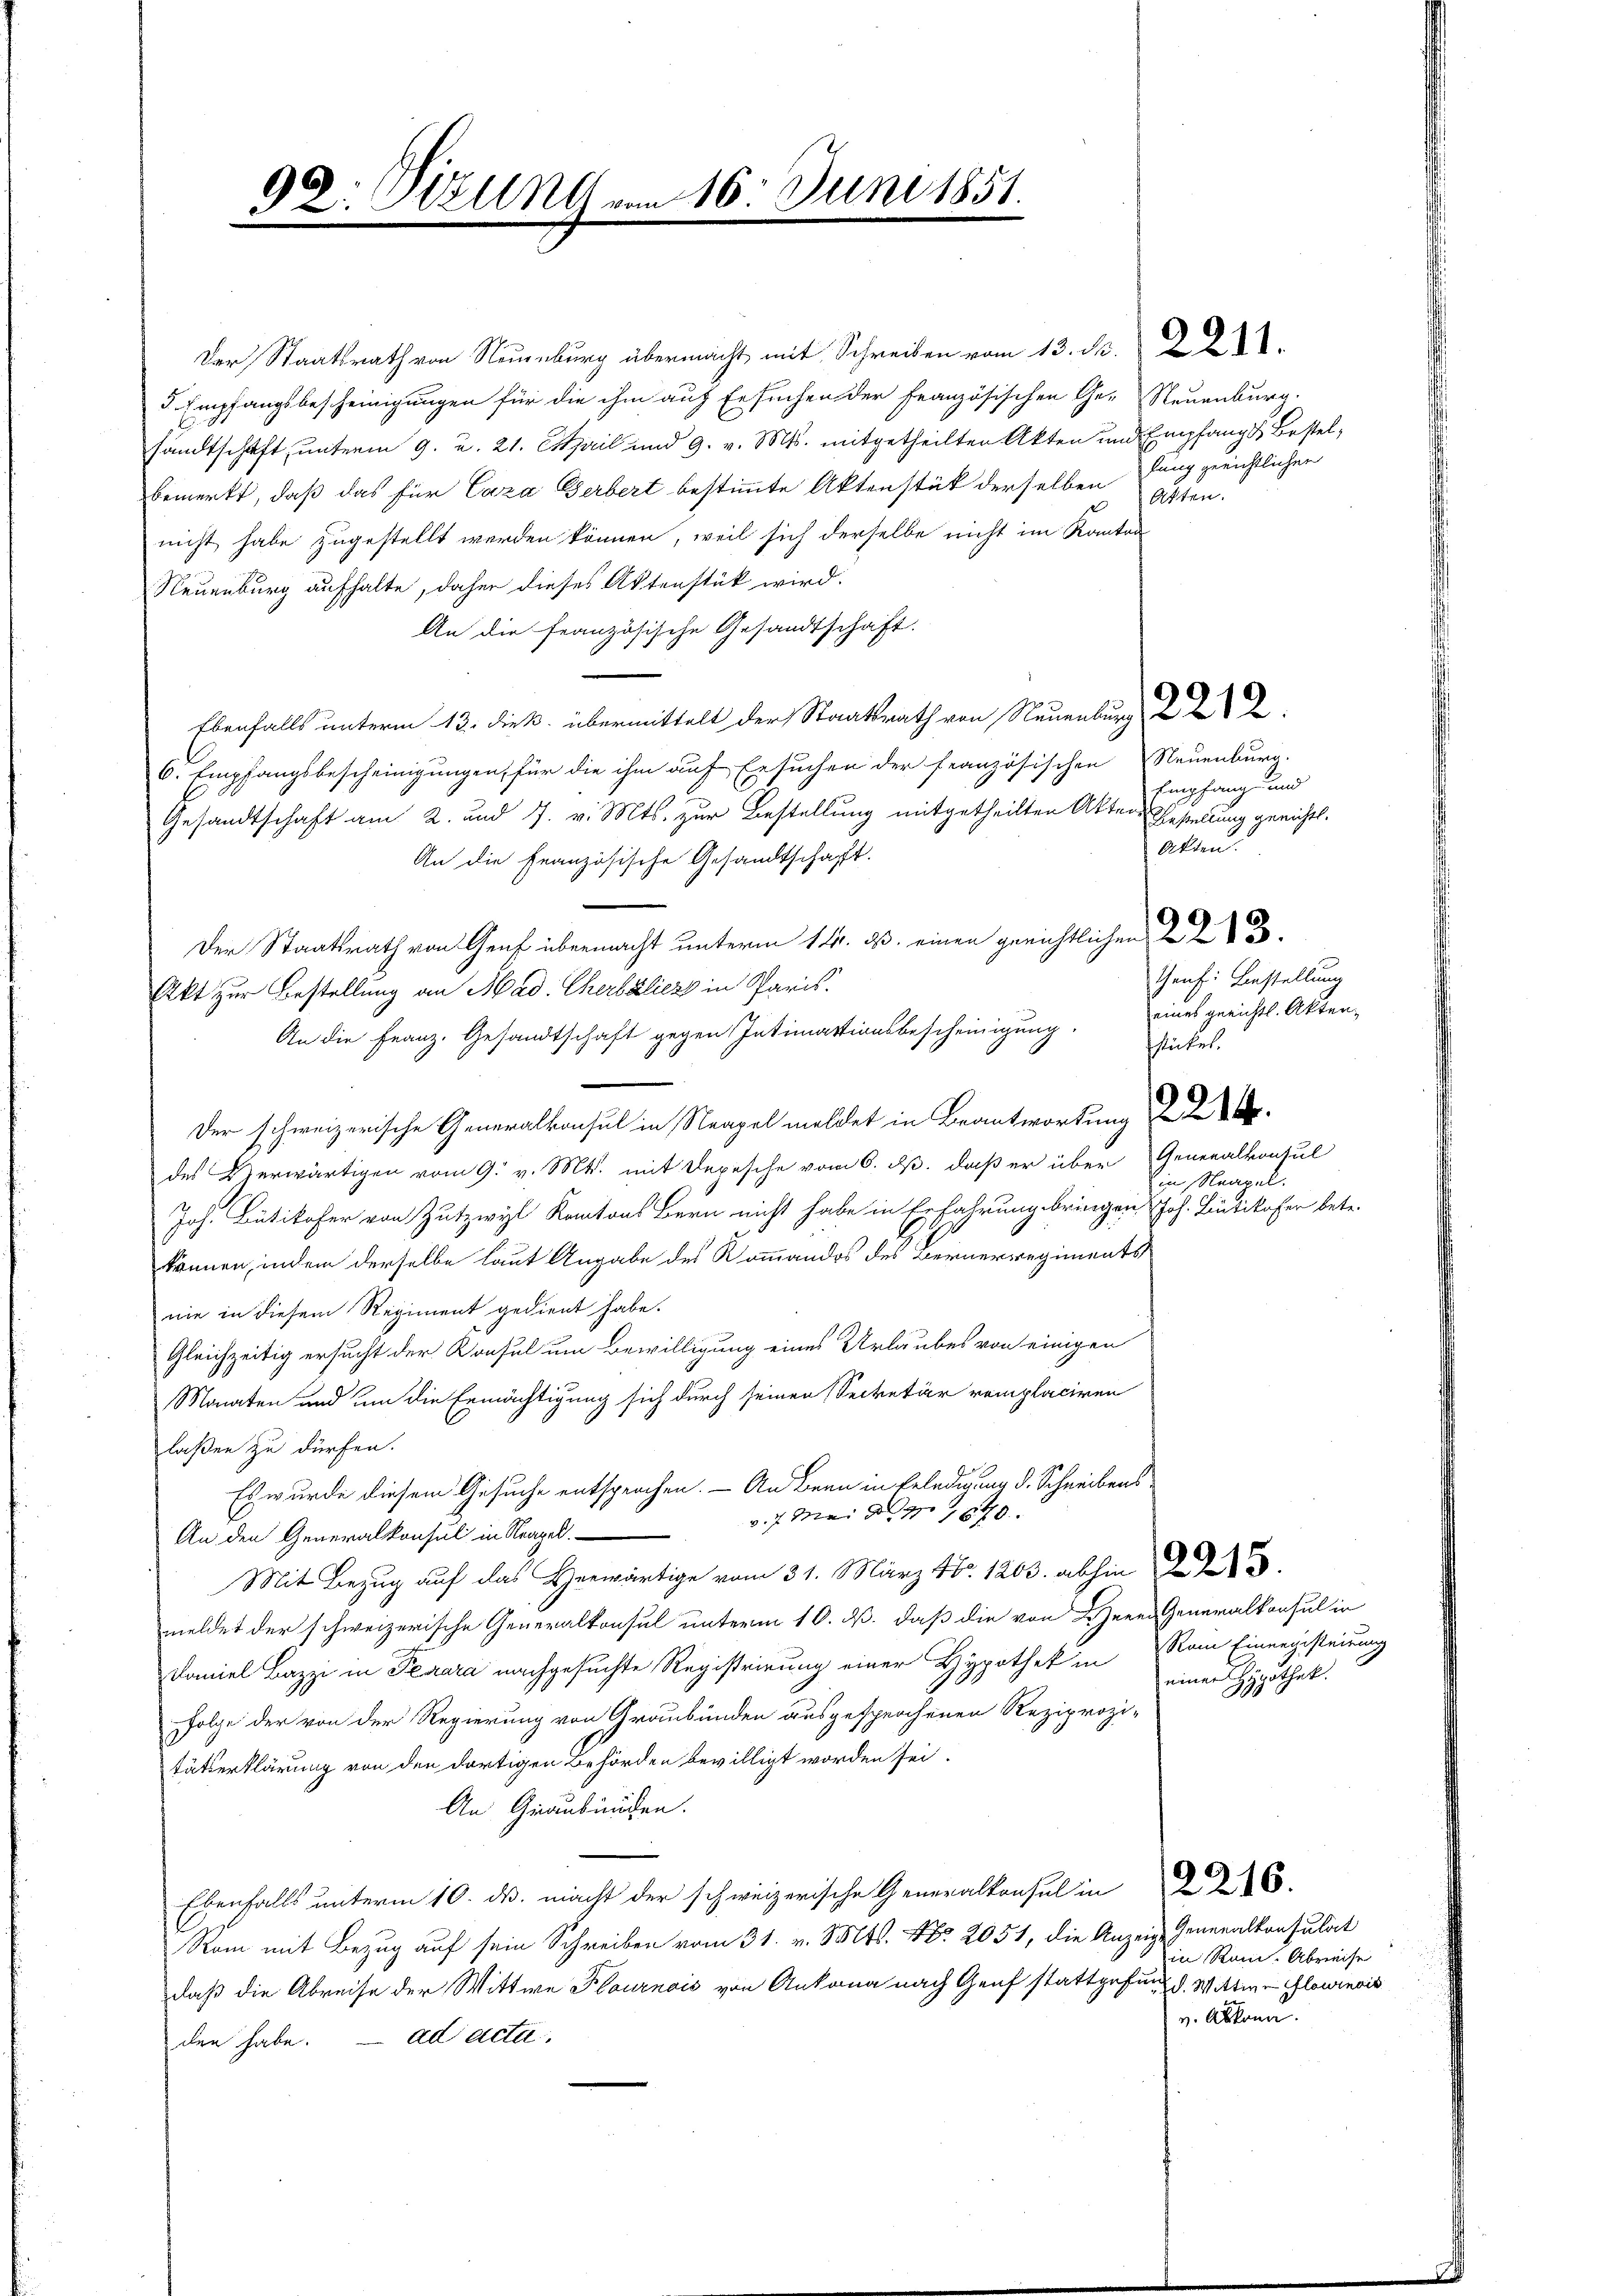
6
92: Welln vom 16. Juni 1851.

Der Staatsrath von Neuenburg übermacht mit Schreiben vom 13. N. 221.
5 Empfangsbescheinigungen für die ihm auf Ersuchen der Französischen Ge- Neuenburg.
sandtschaft, unterm 9. d. 21. April und 9. v. Mts. mitgetheilten Akten und Empfangs Bestelbemerkt, daß das für Caza Gerbert bestimmte Aktenstück derselben Jung gerichtlichen
nicht habe zugestellt werden können, weil sich derselbe nicht im Kanton
Neuenburg aufhalte, daher dieses Aktenstük wird.
An die französische Gesandtschaft.
Ebenfalls unterm 13. dieß übermittelt der Staatsrath von Neuenburg
6. Empfangsbescheinigungen, für die ihm auf Ersuchen der französischen Neuenburg.
Gesandtschaft am 2. und 7. v. Mts. zur Bestellung mitgetheilten Akten Bestellung gericht.
An die Französische Gesandtschaft.
Der Staatsrath von Genf übermacht unterm 14. ds. einen gerichtlichen 223.
Akt zur Bestellung an Had. Cherbeliers in Paris.
An die Franz. Gesandtschaft gegen Intimationsbescheinigung.
Der schweizerische Generalkonsul in Neapel meldet in Beantwortung
des Herwärtigen vom 9. v. Mts. mit Depesche vom 6. d. daß er über Generalkonsul
Joh. Bütikofer von Zutzwyl Kantons Bern nicht habe in Erfahrung bringen Joh. Bütikofer betr.
können, indem derselbe laut Angabe des Kommandos des Bernerregiments
nie in diesem Regiment gedient habe.
Gleichzeitig ersucht der Konsul um Bewilligung eines Urlaubes von einigen
Monaten und um die Ermächtigung sich durch seinen Secretär remplaciren
laßen zu dürfen.
Es wurde diesem Gesuche entsprochen. - An Bern in Erledigung d. Schreibens
v. 7. Mai d. 7. 1870
An den Generalkonsul in Neapel.
Miz das erwärtig vom 31. März 180. 1203. abhin
meldet der schweizerische Generalkonsul unterm 10. ds. daß die von Herrn Generalkonsul in
Daniel Bazzi in Fezara nachgesuchte Registrirung einer Hypothek in Rom Einengesteirung
Folge der von der Regierung von Graubünden ausgesprochenen Reziprozi-
tätserklärung von den dortigen Behörden bewilligt worden sei.
An Graubünden.
Ebenfalls unterm 10. ds. macht der schweizerische Generalkonsul in
Ram mit Bezug auf sein Schreiben vom 31. v. Mts. No. 2051, die Anzeige
daß die Abreise der Wittwe Flournois von Ankona nach Genf stattgefung d. Wittwe Glowinois
den habe. ad acta.

Akten.

Empfang und
Akten.
Genf. Bestellung
eines gerichtl. Aktenschicker.

in Neapel.

einer Hypothek.

Generalkonsulat
in Rom. Abreise
v. Akkona.